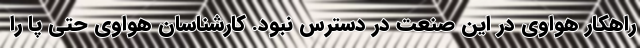
راهکار هواوی در این صنعت در دسترس نبود. کارشناسان هواوی حتی پا را